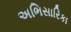
અભિસારિકા